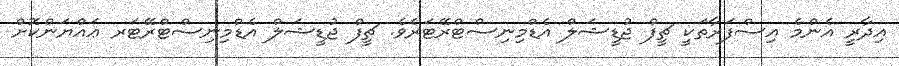
އިދާރީ އެންމެ އިސްފަރާތަކީ ޗީފް ޖުޑީޝަލް އެޑްމިނިސްޓްރޭޓަރެވެ. ޗީފް ޖުޑީޝަލް އެޑްމިނިސްޓްރޭޓަރ ޢައްޔަންކޮށް